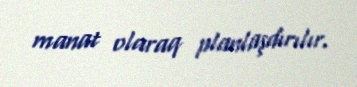
manat olaraq planlaşdırılır.